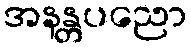
အနန္တပညော